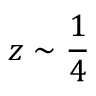
z \sim \frac { 1 } { 4 }